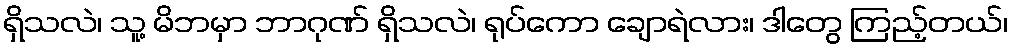
ရှိသလဲ၊ သူ့ မိဘမှာ ဘာဂုဏ် ရှိသလဲ၊ ရုပ်ကော ချောရဲလား၊ ဒါတွေ ကြည့်တယ်၊